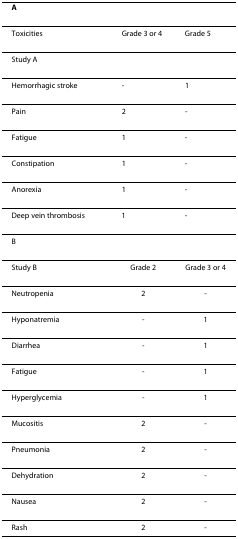
| A |  |  |
 | --- | --- | --- |
 | Toxicities | Grade 3 or 4 | Grade 5 |
 | Study A |  |  |
 | Hemorrhagic stroke | - | 1 |
 | Pain | 2 | - |
 | Fatigue | 1 | - |
 | Constipation | 1 | - |
 | Anorexia | 1 | - |
 | Deep vein thrombosis | 1 | - |
 | <COLSPAN=3> B |
 | Study B | Grade 2 | Grade 3 or 4 |
 | Neutropenia | 2 | - |
 | Hyponatremia | - | 1 |
 | Diarrhea | - | 1 |
 | Fatigue | - | 1 |
 | Hyperglycemia | - | 1 |
 | Mucositis | 2 | - |
 | Pneumonia | 2 | - |
 | Dehydration | 2 | - |
 | Nausea | 2 | - |
 | Rash | 2 | - |